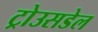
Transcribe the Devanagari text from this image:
ट्रोउसडेल